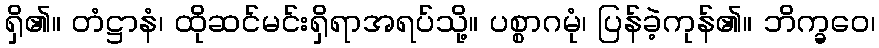
ရှိ၏။ တံဋ္ဌာနံ၊ ထိုဆင်မင်းရှိရာအရပ်သို့။ ပစ္စာဂမုံ၊ ပြန်ခဲ့ကုန်၏။ ဘိက္ခဝေ၊